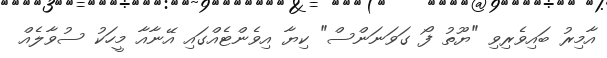
އާމިރު ބައިވެރިވި "ޔޫތު ފޯ ގަވަނަންސް" ކިޔާ އިވެންޓެއްގައި އޭނާއާ މީހަކު ސުވާލެއް